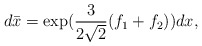
\begin{align*}d \bar{x} = \exp ( \frac{3}{2 \sqrt{2}} (f_1 + f_2 ) )dx ,\end{align*}